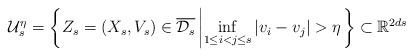
LaTeX: \begin{align*}\mathcal{U}_s^\eta = \left\{ Z_s = \left(X_s,V_s\right)\in\overline{\mathcal{D}_s} \left|\inf_{1\leq i < j \leq s} \left| v_i - v_j \right| > \eta \right. \right\}\subset \mathbb{R}^{2ds}\end{align*}